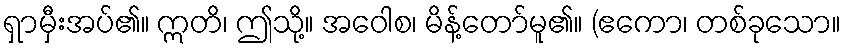
ရှာမှီးအပ်၏။ ဣတိ၊ ဤသို့။ အဝေါစ၊ မိန့်တော်မူ၏။ (ဧကော၊ တစ်ခုသော။